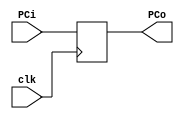
module ModPC(input clk, input [7:0]PCi, output reg[7:0] PCo);

	always@ (posedge clk)
		PCo = PCi;

endmodule